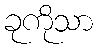
ခုကိုသာ